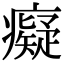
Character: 癡